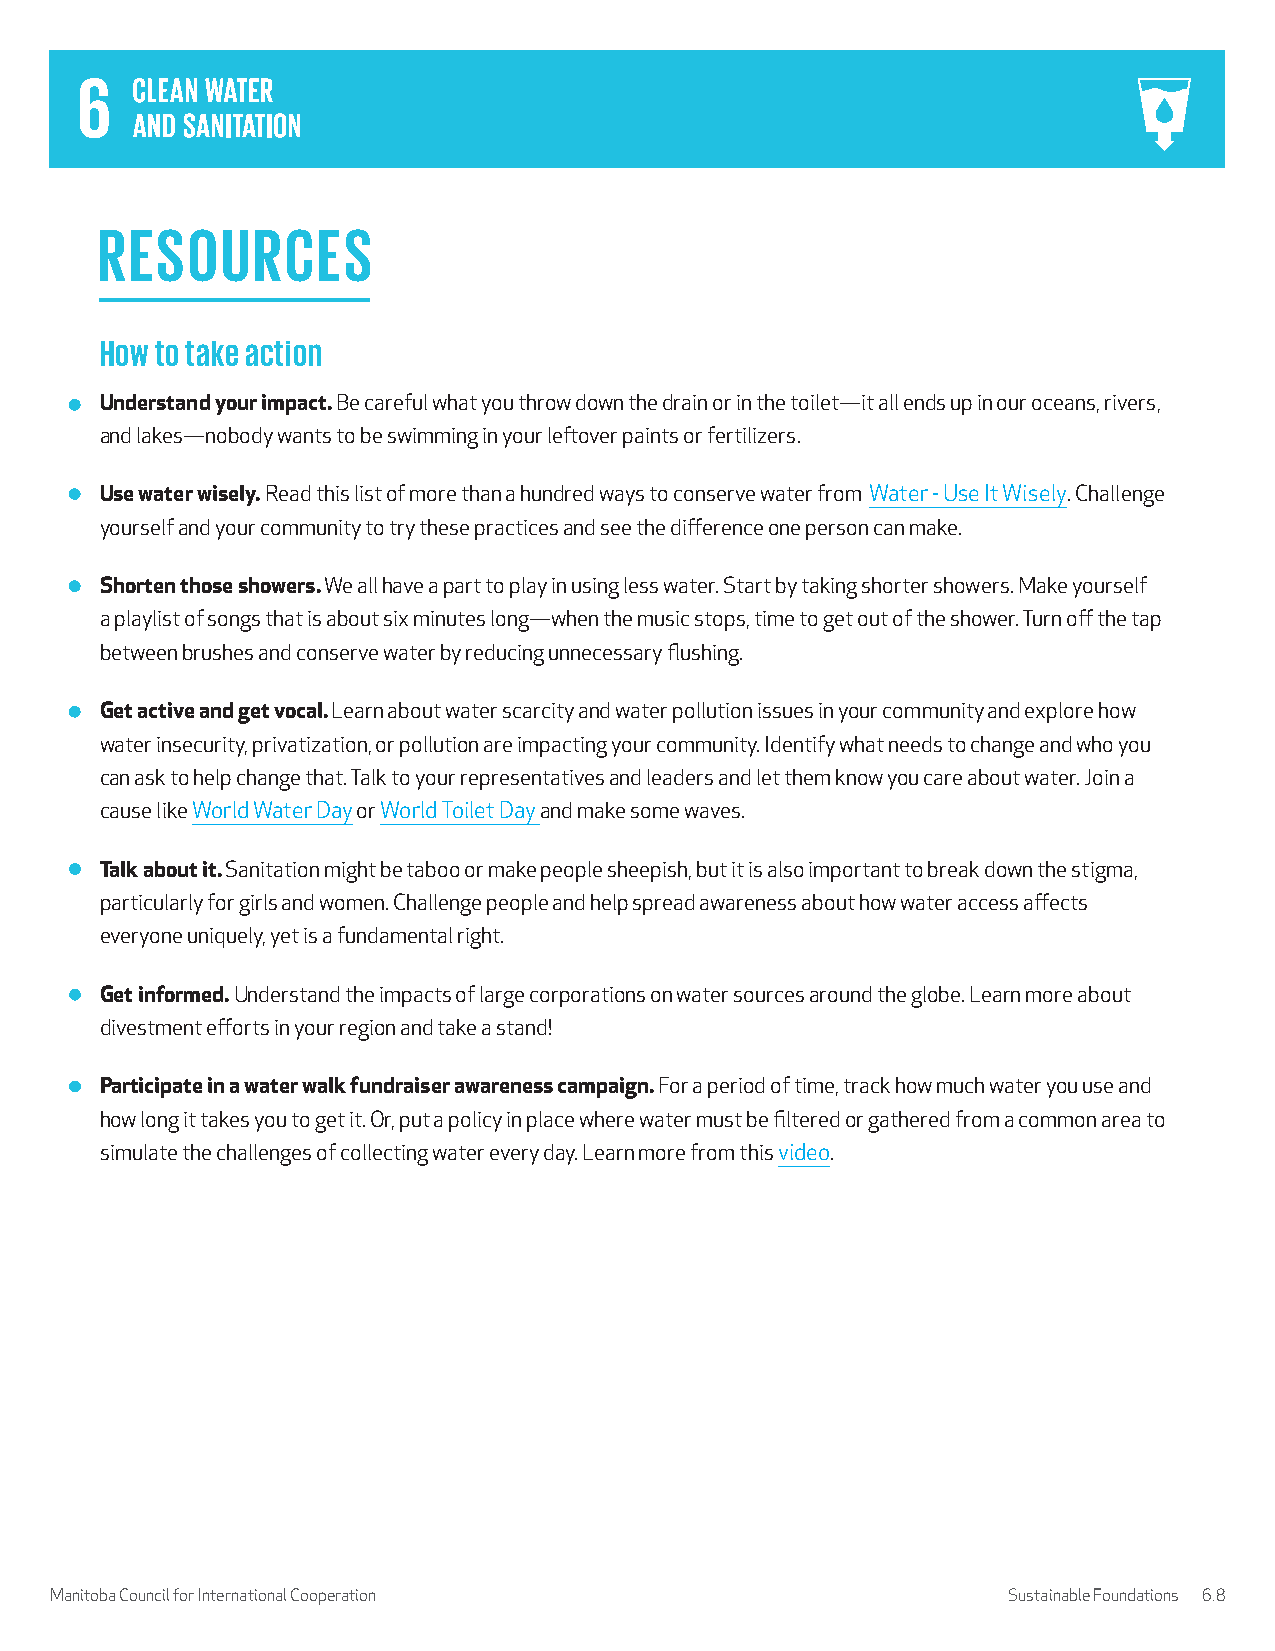
RESOURCES
 How to take action
 Understand your impact. Be careful what you throw down the drain or in the toilet—it all ends up in our oceans, rivers,
 and lakes—nobody wants to be swimming in your leftover paints or fertilizers.
 Use water wisely. Read this list of more than a hundred ways to conserve water from Water - Use It Wisely. Challenge
 yourself and your community to try these practices and see the difference one person can make.
 Shorten those showers. We all have a part to play in using less water. Start by taking shorter showers. Make yourself
 a playlist of songs that is about six minutes long—when the music stops, time to get out of the shower. Turn off the tap
 between brushes and conserve water by reducing unnecessary flushing.
 Get active and get vocal. Learn about water scarcity and water pollution issues in your community and explore how
 water insecurity, privatization, or pollution are impacting your community. Identify what needs to change and who you
 can ask to help change that. Talk to your representatives and leaders and let them know you care about water. Join a
 cause like World Water Day or World Toilet Day and make some waves.
 Talk about it. Sanitation might be taboo or make people sheepish, but it is also important to break down the stigma,
 particularly for girls and women. Challenge people and help spread awareness about how water access affects
 everyone uniquely, yet is a fundamental right.
 Get informed. Understand the impacts of large corporations on water sources around the globe. Learn more about
 divestment efforts in your region and take a stand!
 Participate in a water walk fundraiser awareness campaign. For a period of time, track how much water you use and
 how long it takes you to get it. Or, put a policy in place where water must be filtered or gathered from a common area to
 simulate the challenges of collecting water every day. Learn more from this video.
 Manitoba Council for International Cooperation                  Sustainable Foundations 6.8